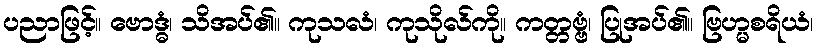
ပညာဖြင့်။ ဗောဒ္ဓံ၊ သိအပ်၏။ ကုသလံ၊ ကုသိုလ်ကို။ ကတ္တဗ္ဗံ၊ ပြုအပ်၏။ ဗြဟ္မစရိယံ၊